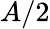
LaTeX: A/2